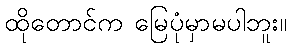
ထိုတောင်က မြေပုံမှာမပါဘူး။